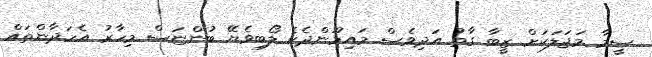
ސީމާ މަޖަލަކަށް ޒީބާ ގާތު އަދިވެސް މައިމޫންދެކެ ލޯބިވެޔޭ ބުންޏަސް މިހާރު އެހަދާންތައް